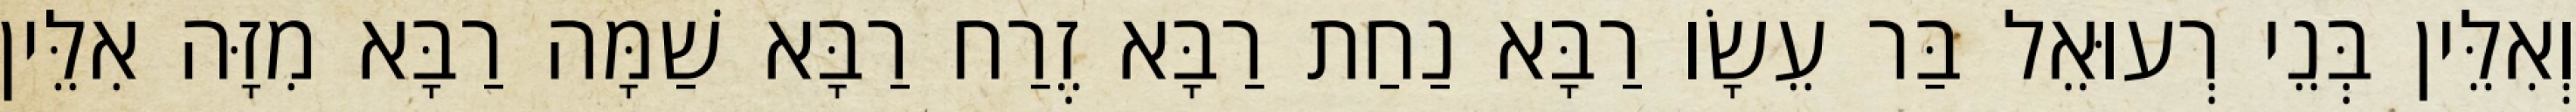
וְאִלֵּין בְּנֵי רְעוּאֵל בַּר עֵשָׂו רַבָּא נַחַת רַבָּא זֶרַח רַבָּא שַׁמָּה רַבָּא מִזָּה אִלֵּין